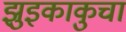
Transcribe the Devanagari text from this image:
झुइकाकुचा